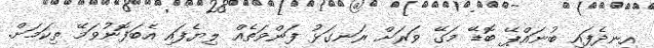
އިނދެފައި ބުނައްޕޭ ބޮޑޭ މަގޭ ވަރަށް ރަނގަޅު ފަންވަތެއް ލިޔެފައި އެބަފޮނުވަމޭ ތިކަމަށް.